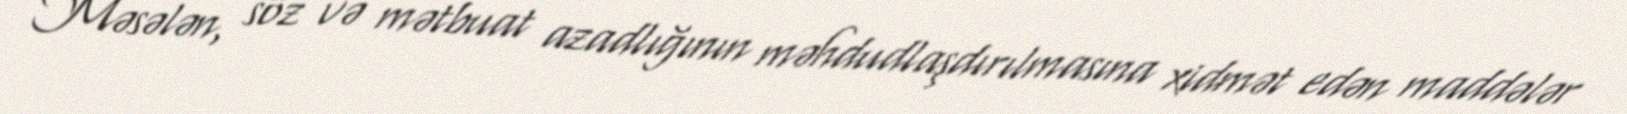
Məsələn, söz və mətbuat azadlığının məhdudlaşdırılmasına xidmət edən maddələr